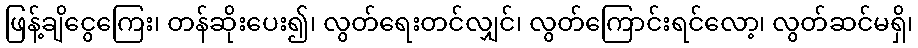
ဖြန့်ချိငွေကြေး၊ တန်ဆိုးပေး၍၊ လွတ်ရေးတင်လျှင်၊ လွတ်ကြောင်းရင်လော့၊ လွတ်ဆင်မရှိ၊